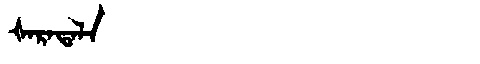
Manchu: ᡧᠠᡵᠠᡨᠠᠯᠠ
Romanization: ŠARATALA